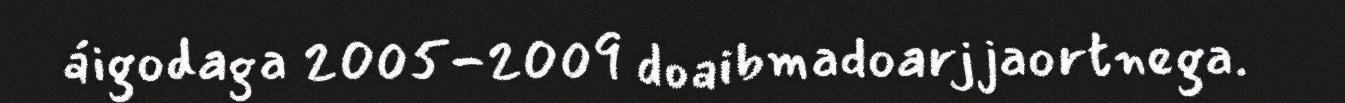
áigodaga 2005-2009 doaibmadoarjjaortnega.